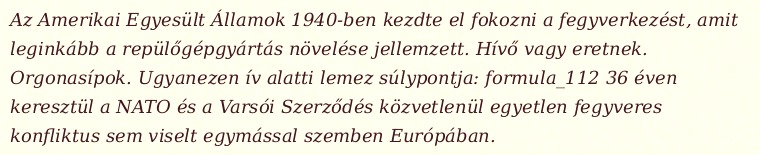
Az Amerikai Egyesült Államok 1940-ben kezdte el fokozni a fegyverkezést, amit leginkább a repülőgépgyártás növelése jellemzett. Hívő vagy eretnek. Orgonasípok. Ugyanezen ív alatti lemez súlypontja: formula_112 36 éven keresztül a NATO és a Varsói Szerződés közvetlenül egyetlen fegyveres konfliktus sem viselt egymással szemben Európában.